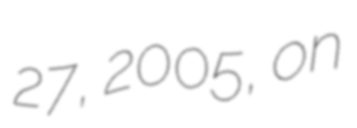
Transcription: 27, 2005, on